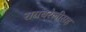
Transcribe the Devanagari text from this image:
रायबरेलीसह